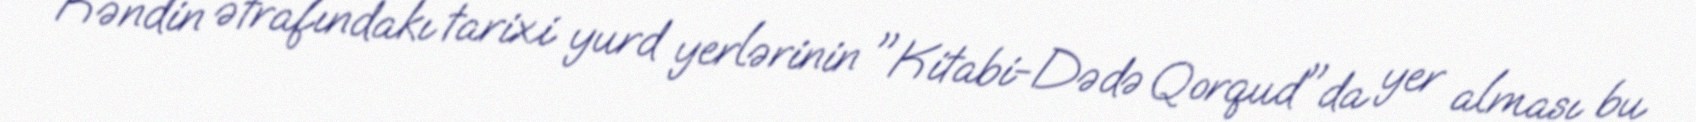
Kəndin ətrafındakı tarixi yurd yerlərinin "Kitabi-Dədə Qorqud"da yer alması bu